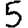
Digit: 5